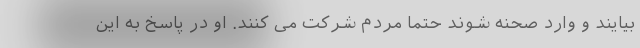
بیایند و وارد صحنه شوند حتماً مردم شرکت می کنند. او در پاسخ به این